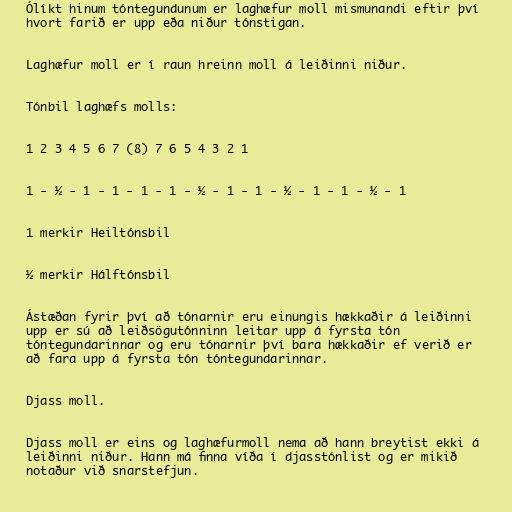
Ólíkt hinum tóntegundunum er laghæfur moll mismunandi eftir því
hvort farið er upp eða niður tónstigan.

Laghæfur moll er í raun hreinn moll á leiðinni niður.

Tónbil laghæfs molls:

1 2 3 4 5 6 7 (8) 7 6 5 4 3 2 1

1 - ½ - 1 - 1 - 1 - 1 - ½ - 1 - 1 - ½ - 1 - 1 - ½ - 1

1 merkir Heiltónsbil

½ merkir Hálftónsbil

Ástæðan fyrir því að tónarnir eru einungis hækkaðir á leiðinni
upp er sú að leiðsögutónninn leitar upp á fyrsta tón
tóntegundarinnar og eru tónarnir því bara hækkaðir ef verið er
að fara upp á fyrsta tón tóntegundarinnar.

Djass moll.

Djass moll er eins og laghæfurmoll nema að hann breytist ekki á
leiðinni niður. Hann má finna víða í djasstónlist og er mikið
notaður við snarstefjun.